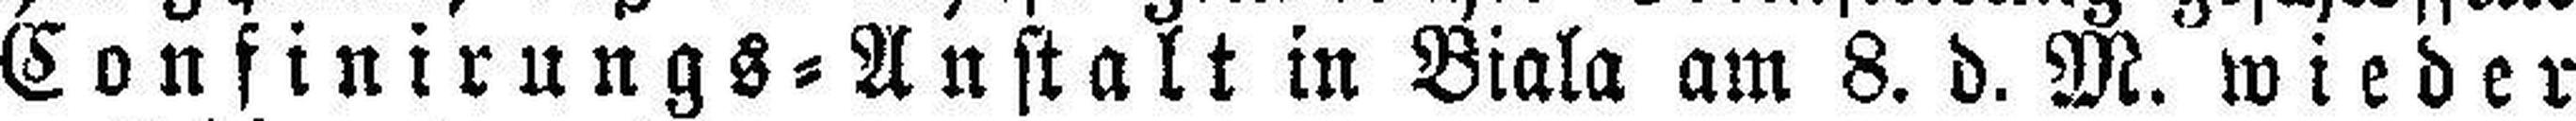
Confinirungs=Anstalt in Biala am 8. d. M. wieder